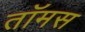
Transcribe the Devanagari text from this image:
तॉमस